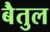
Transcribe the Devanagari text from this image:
बेैतुल